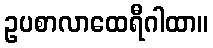
ဥပစာလာထေရီဂါထာ။